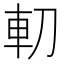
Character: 𠜥